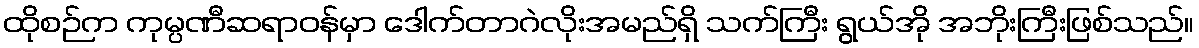
ထိုစဉ်က ကုမ္ပဏီဆရာဝန်မှာ ဒေါက်တာဂဲလိုးအမည်ရှိ သက်ကြီး ရွယ်အို အဘိုးကြီးဖြစ်သည်။